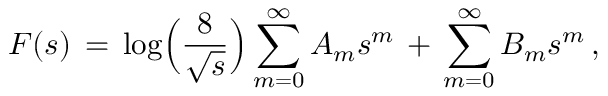
F ( s ) \, = \, \log \Bigl ( \frac { 8 } { \sqrt { s } } \Bigr ) \sum _ { m = 0 } ^ { \infty } A _ { m } s ^ { m } \, + \, \sum _ { m = 0 } ^ { \infty } B _ { m } s ^ { m } \, ,